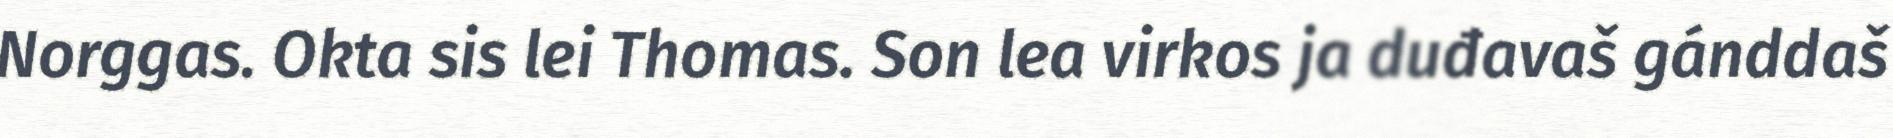
Norggas. Okta sis lei Thomas. Son lea virkos ja duđavaš gánddaš